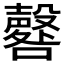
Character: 𱕞